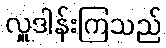
လှူဒါန်းကြသည်